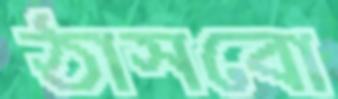
ঠাসবো